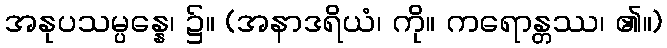
အနုပသမ္ပန္နေ၊ ၌။ (အနာဒရိယံ၊ ကို။ ကရောန္တဿ၊ ၏။)